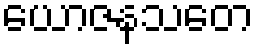
ယောဇနသတေ